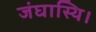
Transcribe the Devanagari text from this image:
जंघास्थि।